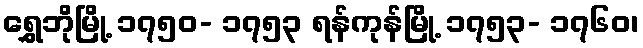
ရွှေဘိုမြို့ ၁၇၅၀- ၁၇၅၃ ရန်ကုန်မြို့ ၁၇၅၃- ၁၇၆၀၊